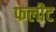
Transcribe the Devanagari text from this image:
फलीट